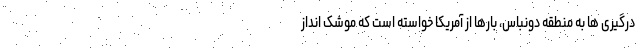
درگیری ها به منطقه دونباس، بارها از آمریکا خواسته است که موشک انداز